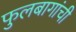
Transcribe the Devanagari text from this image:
फुलबागांची